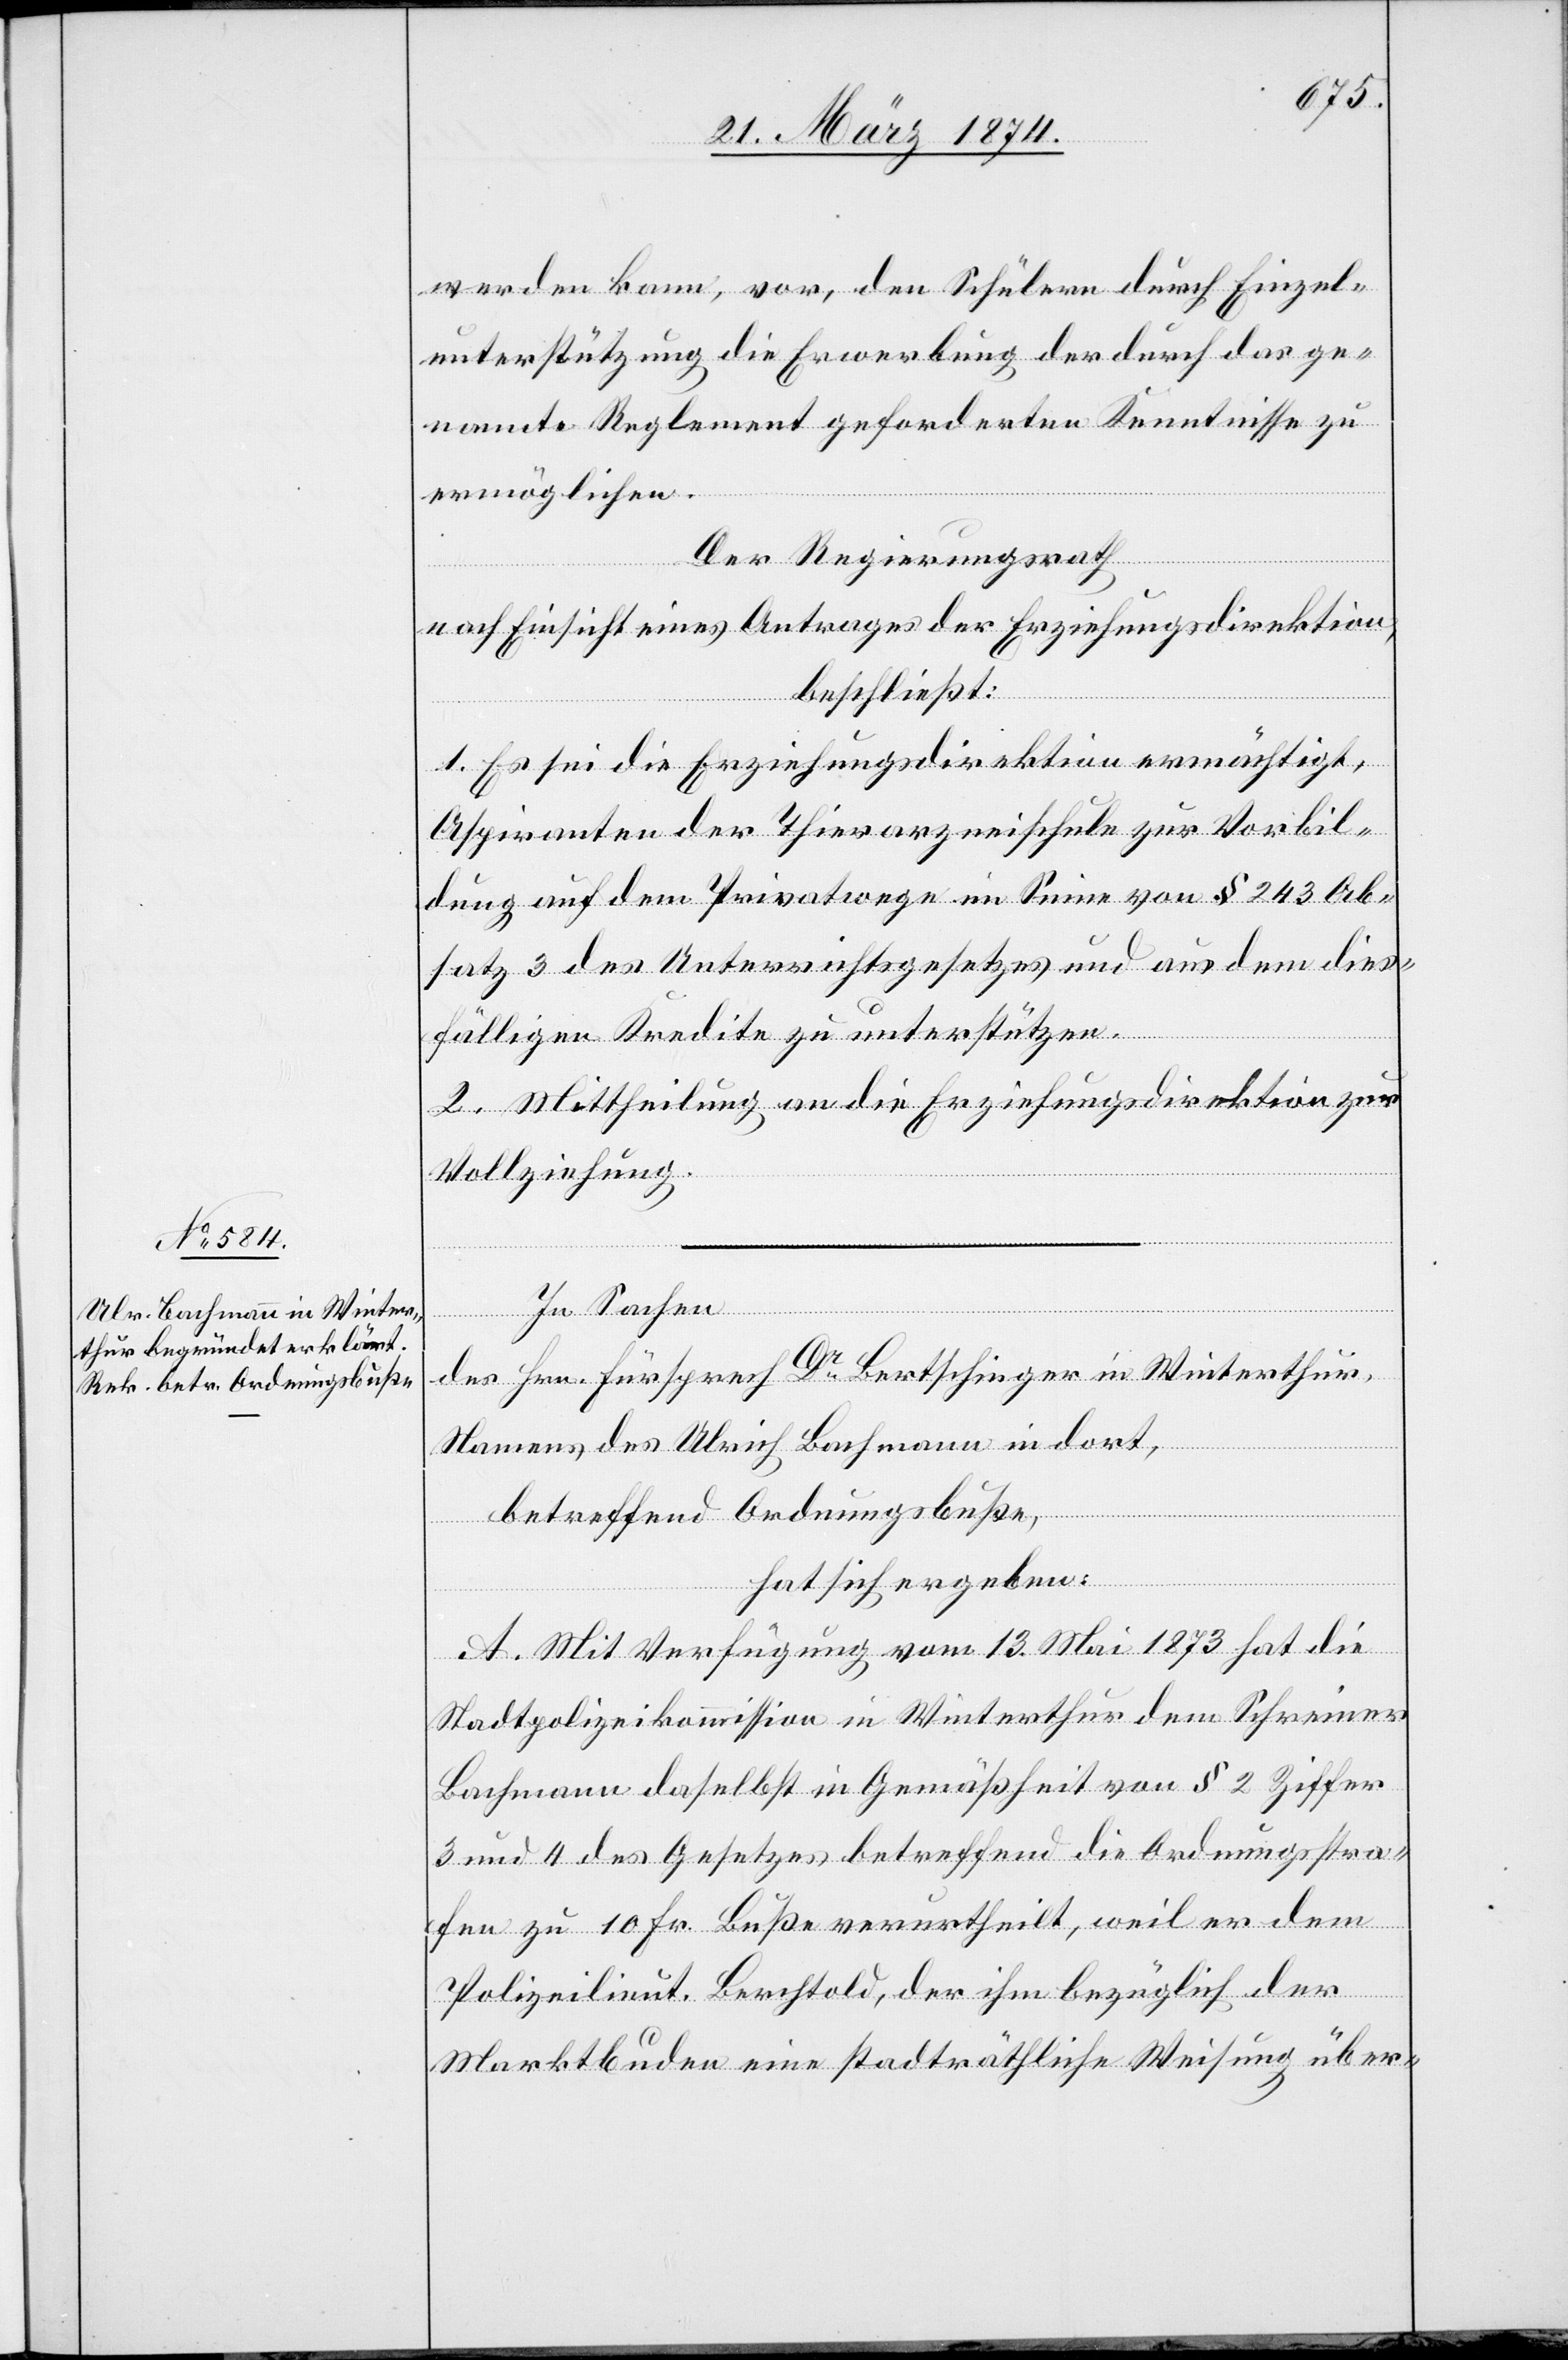
werden kann, vor, den Schülern durch Einzel¬
unterstützung die Erwerbung der durch das ge¬
nannte Reglement geforderten Kenntnisse zu
ermöglichen.
Der Regierungsrath
nach Einsicht eines Antrages der Erziehungsdirektion,
beschließt:
1. Es sei die Erziehungsdirektion ermächtigt,
Aspiranten der Thierarzneischule zur Vorbil¬
dung auf dem Privatwege im Sinne von § 243 Ab¬
satz 3 des Unterrichtsgesetzes und aus dem dies¬
fälligen Kredite zu unterstützen.
2. Mittheilung an die Erziehungsdirektion zur
Vollziehung.
In Sachen
des Hrn. Fürsprech Dr Bertschinger in Winterthur,
Namens des Ulrich Bachmann in dort,
betreffend Ordnungsbuße,
hat sich ergeben:
A. Mit Verfügung vom 13. Mai 1873 hat die
Stadtpolizeikommission in Winterthur dem Schreiner
Bachmann daselbst in Gemäßheit von § 2 Ziffer
3 und 4 des Gesetzes betreffend die Ordnungsstra¬
fen zu 10 Fr. Buße verurtheilt, weil er dem
Polizeilieut. Berchtold, der ihm bezüglich der
Marktbuden eine stadträthliche Weisung über-